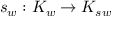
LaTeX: s _ { w } : K _ { w } \to K _ { s w }